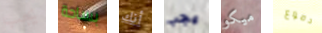
يجب بساحة أنك يجب ميكو دموع